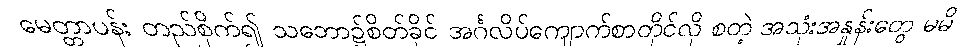
မေတ္တာပန်း တည်စိုက်၍ သဘော၌စိတ်ခိုင် အင်္ဂလိပ်ကျောက်စာတိုင်လို စတဲ့ အသုံးအနှုန်းတွေ မမိ